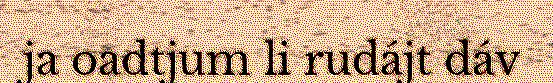
ja oadtjum li rudájt dáv